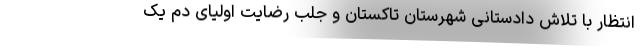
انتظار با تلاش دادستانی شهرستان تاکستان و جلب رضایت اولیای دم یک